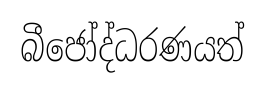
බීජෝද්ධරණයත්